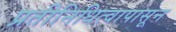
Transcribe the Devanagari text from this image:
प्रतीनिधित्वापासून